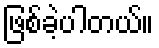
ဖြစ်ခဲ့ပါတယ်။